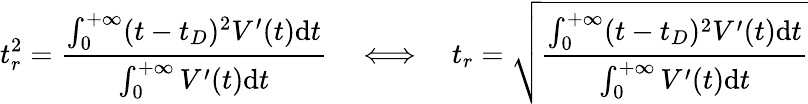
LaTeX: t_{r}^{2}={\frac{\int_{0}^{+\infty}(t-t_{D})^{2}V^{\prime}(t)\mathrm{d}t}{\int_{0}^{+\infty}V^{\prime}(t)\mathrm{d}t}}\quad\Longleftrightarrow\quad t_{r}={\sqrt{\frac{\int_{0}^{+\infty}(t-t_{D})^{2}V^{\prime}(t)\mathrm{d}t}{\int_{0}^{+\infty}V^{\prime}(t)\mathrm{d}t}}}